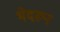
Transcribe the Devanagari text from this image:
भेदरून